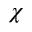
\chi